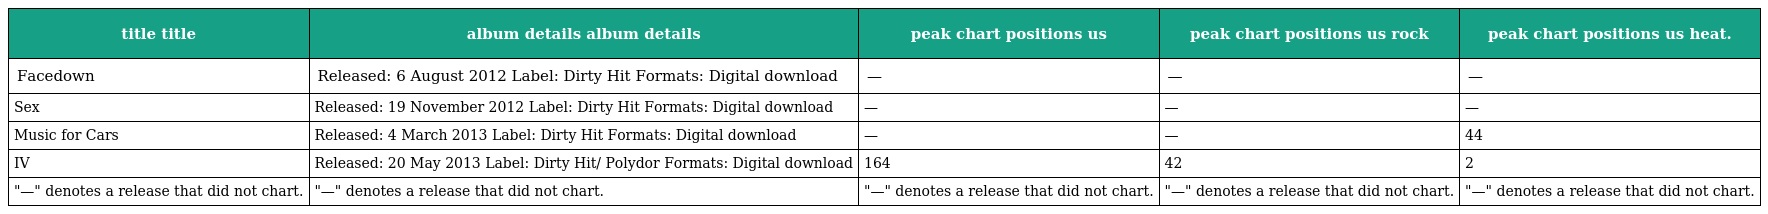
| title title | album details album details | peak chart positions us | peak chart positions us rock | peak chart positions us heat. |
 | --- | --- | --- | --- | --- |
 | Facedown | Released: 6 August 2012 Label: Dirty Hit Formats: Digital download | — | — | — |
 | Sex | Released: 19 November 2012 Label: Dirty Hit Formats: Digital download | — | — | — |
 | Music for Cars | Released: 4 March 2013 Label: Dirty Hit Formats: Digital download | — | — | 44 |
 | IV | Released: 20 May 2013 Label: Dirty Hit/ Polydor Formats: Digital download | 164 | 42 | 2 |
 | "—" denotes a release that did not chart. | "—" denotes a release that did not chart. | "—" denotes a release that did not chart. | "—" denotes a release that did not chart. | "—" denotes a release that did not chart. |